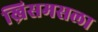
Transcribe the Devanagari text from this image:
ख्रिसमसला